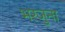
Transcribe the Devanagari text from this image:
भरजुना